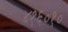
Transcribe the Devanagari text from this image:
४१६०१०